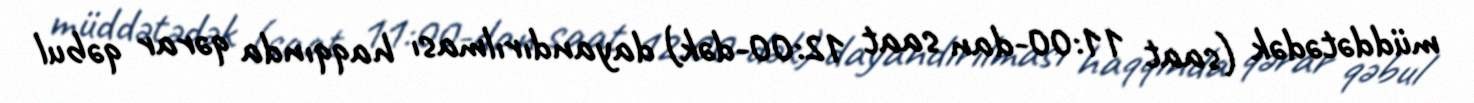
müddətədək (saat 11:00-dan saat 12:00-dək) dayandırılması haqqında qərar qəbul